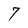
Character: 7